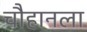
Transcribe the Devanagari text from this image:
चौहानला